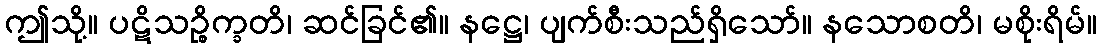
ဤသို့။ ပဋိသဉ္စိက္ခတိ၊ ဆင်ခြင်၏။ နဋ္ဌေ၊ ပျက်စီးသည်ရှိသော်။ နသောစတိ၊ မစိုးရိမ်။